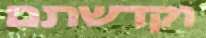
וקדשתם